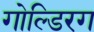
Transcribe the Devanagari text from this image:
गोल्डिरग